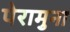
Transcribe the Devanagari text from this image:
पेरामुना